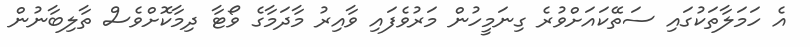
އެ ހަމަލާތަކުގައި ސަތޭކައަށްވުރެ ގިނަމީހުން މަރުވެފައި ވާއިރު މާދަމާގެ ވޯޓާ ދިމާކޮށްވެސް ތާލިބާނުން